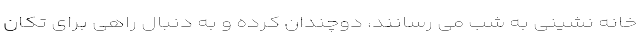
خانه نشینی به شب می رسانند، دوچندان کرده و به دنبال راهی برای تکان